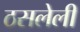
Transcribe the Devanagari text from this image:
ठसलेली